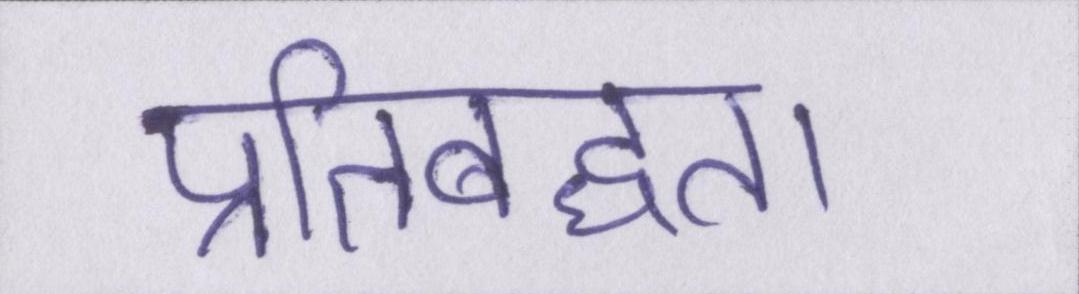
प्रतिबध्दता